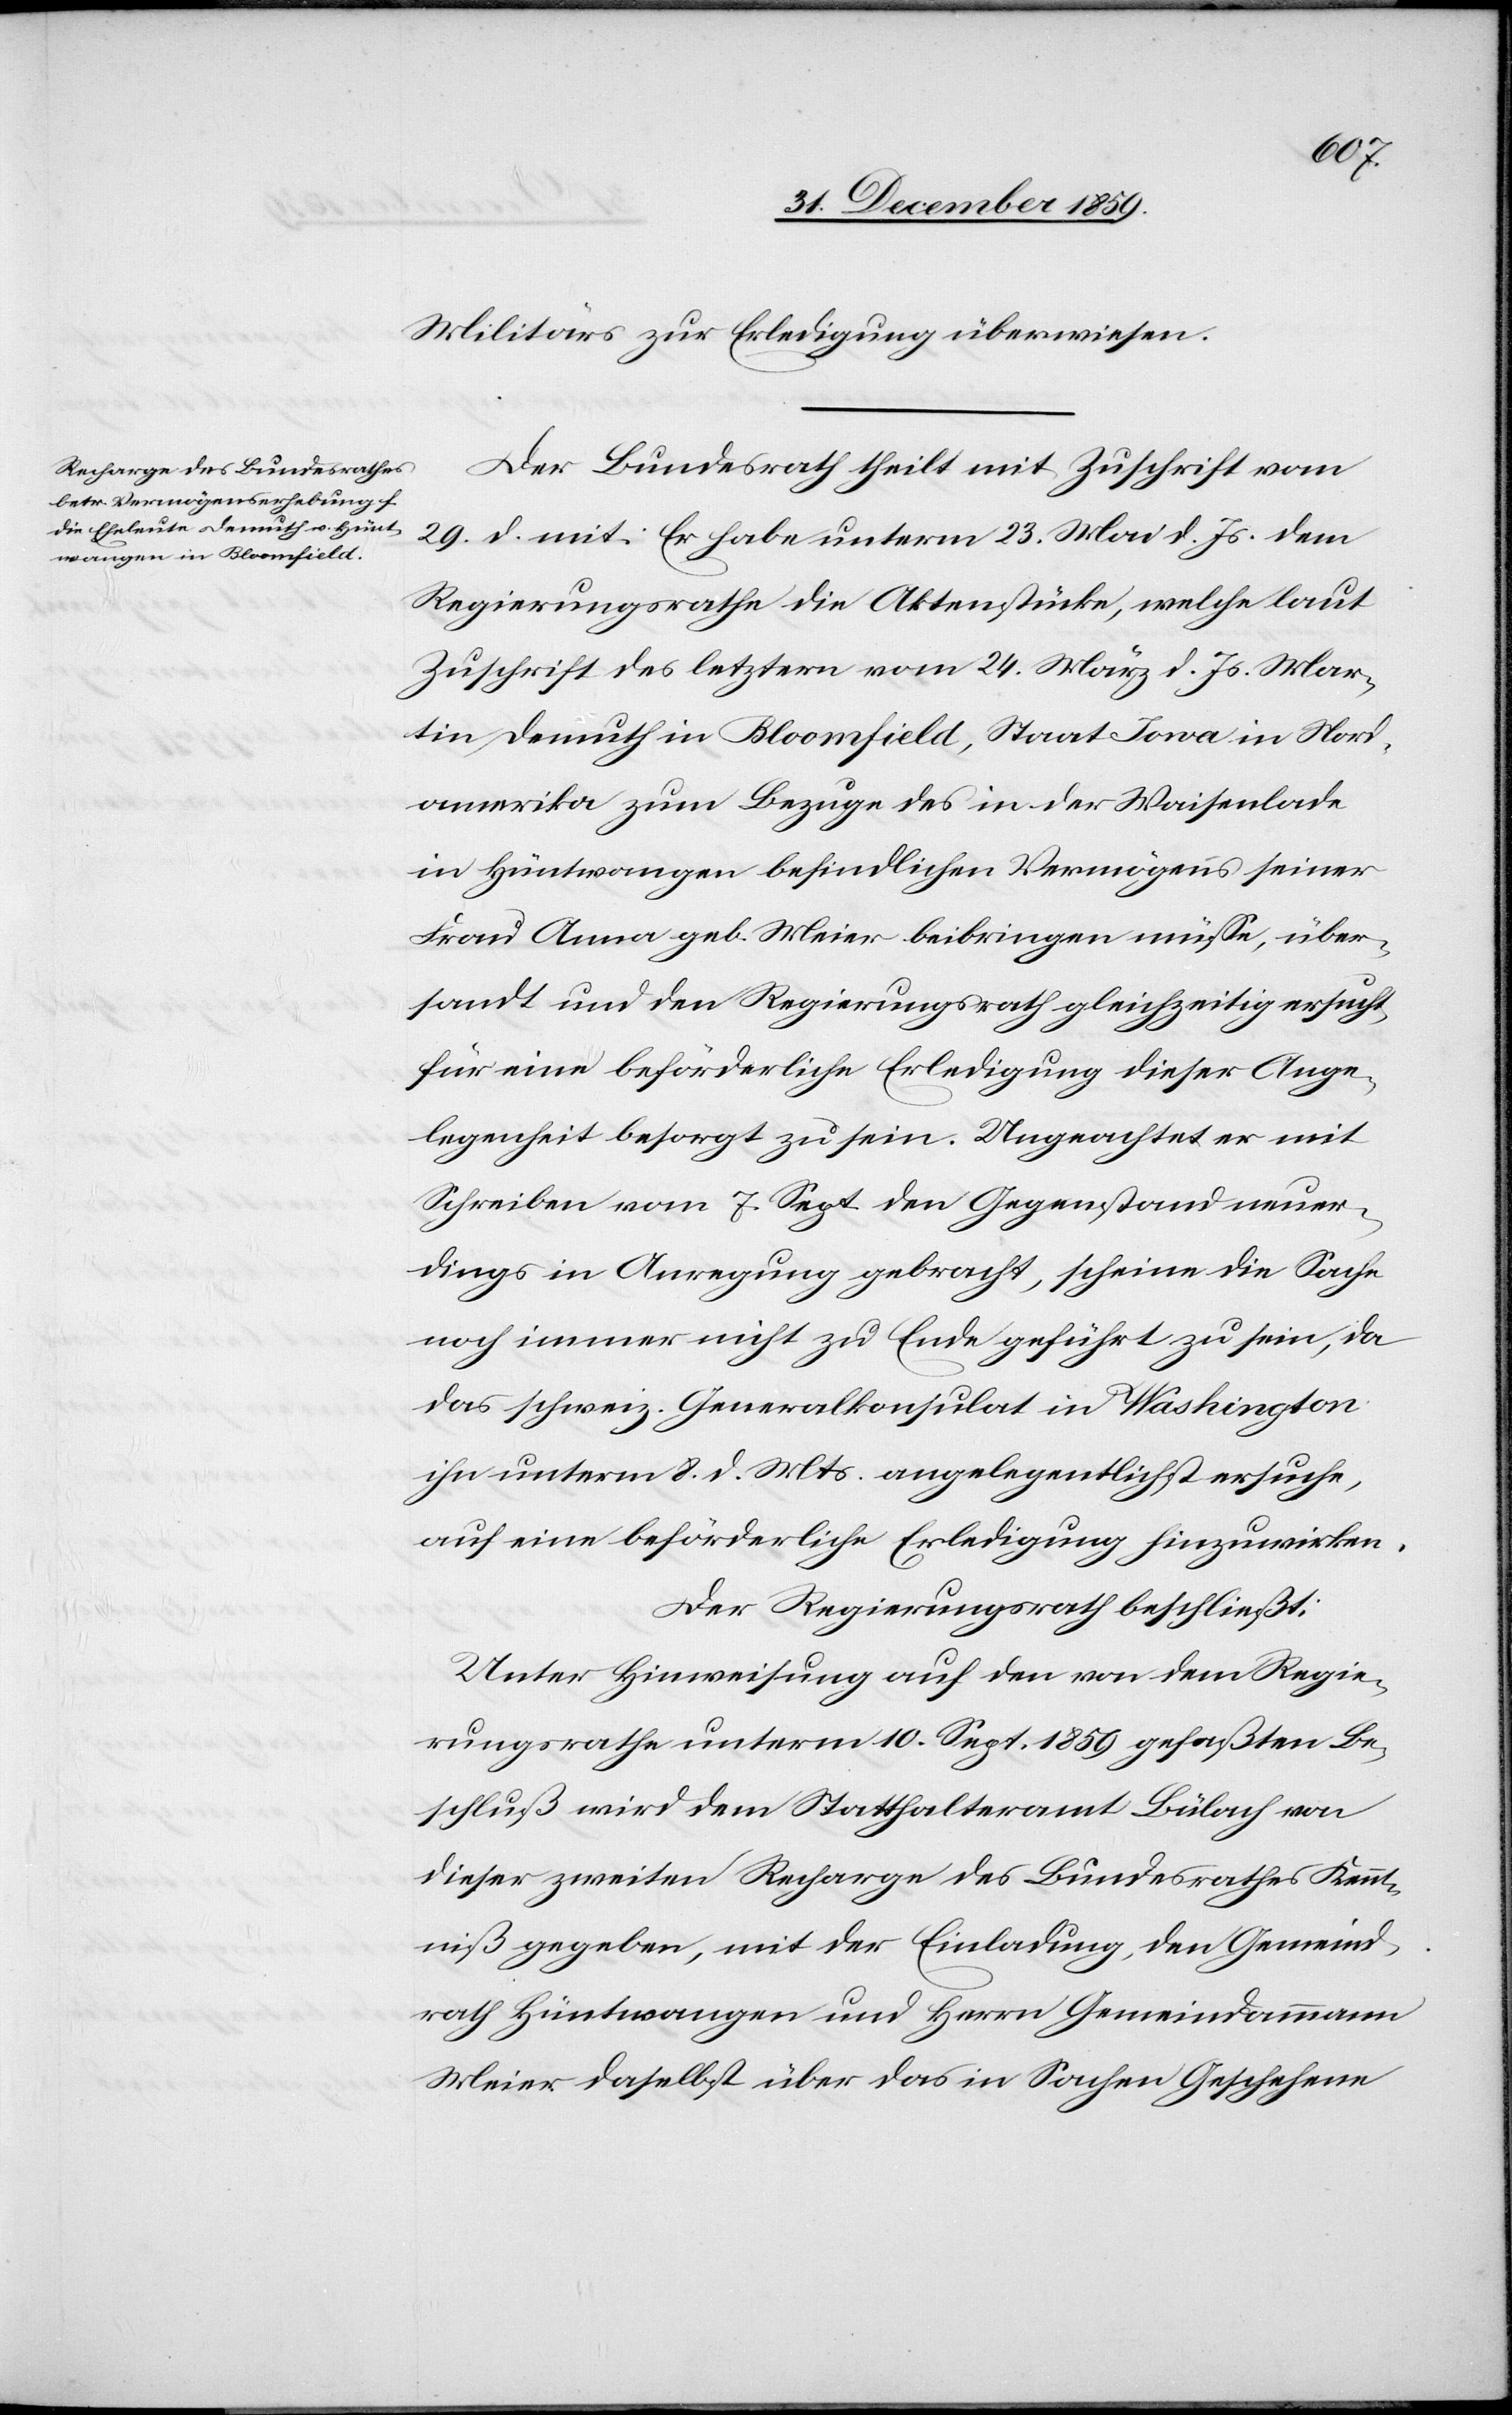
Militärs zur Erledigung überwiesen.
Der Bundesrath theilt mit Zuschrift vom
29. d. mit: Es habe unterm 23. Mai d. Js. dem
Regierungsrathe die Aktenstücke, welche laut
Zuschrift des letztern vom 24. März d. Js. Mar¬
tin Demuth in Bloomfield, Staat Iowa in Nord¬
amerika zum Bezuge des in der Waisenlade
in Hüntwangen befindlichen Vermögens seiner
Frau Anna geb. Meier beibringen müsse, über¬
sandt und den Regierungsrath gleichzeitig ersucht,
für eine beförderliche Erledigung dieser Ange¬
legenheit besorgt zu sein. Ungeachtet er mit
Schreiben vom 7. Sept. den Gegenstand neuer¬
dings in Anregung gebracht, scheine die Sache
noch immer nicht zu Ende geführt zu sein, da
das schweiz. Generalkonsulat in Washington
ihn unterm 8. d. Mts. angelegentlichst ersuche,
auf eine beförderliche Erledigung hinzuwirken.
Der Regierungsrath beschließt:
Unter Hinweisung auf den von dem Regie¬
rungsrathe unterm 10. Sept. 1859 gefaßten Be¬
schluß wird dem Statthalteramt Bülach von
dieser zweiten Recharge des Bundesrathes Kennt¬
niß gegeben, mit der Einladung, den Gemeind¬
rath Hüntwangen und Herrn Gemeindammann
Meier daselbst über das in Sachen Geschehene